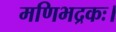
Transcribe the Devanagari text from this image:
मणिभद्रकः।